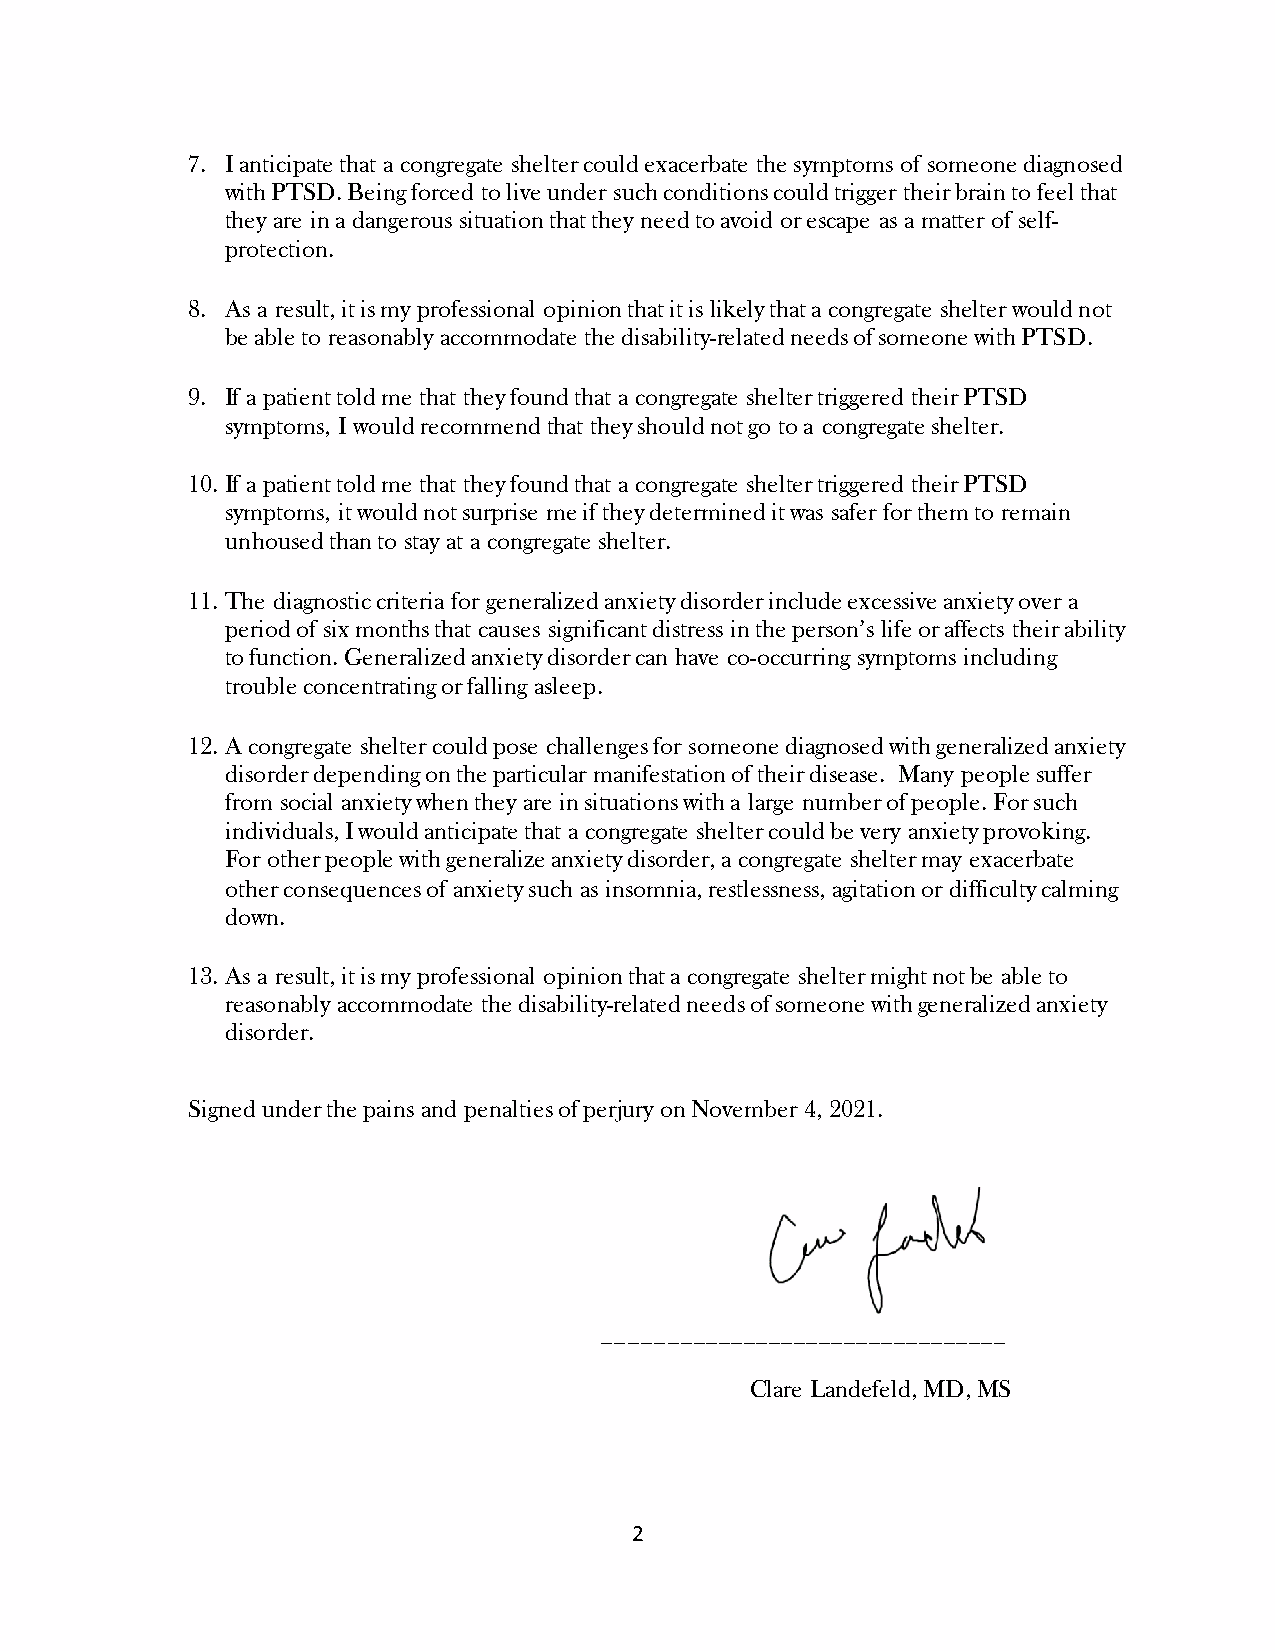
7. I anticipate that a congregate shelter could exacerbate the symptoms of someone diagnosed
 with PTSD. Being forced to live under such conditions could trigger their brain to feel that
 they are in a dangerous situation that they need to avoid or escape as a matter of self-
 protection.
 8. As a result, it is my professional opinion that it is likely that a congregate shelter would not
 be able to reasonably accommodate the disability-related needs of someone with PTSD.
 9. If a patient told me that they found that a congregate shelter triggered their PTSD
 symptoms, I would recommend that they should not go to a congregate shelter.
 10. If a patient told me that they found that a congregate shelter triggered their PTSD
 symptoms, it would not surprise me if they determined it was safer for them to remain
 unhoused than to stay at a congregate shelter.
 11. The diagnostic criteria for generalized anxiety disorder include excessive anxiety over a
 period of six months that causes significant distress in the person’s life or affects their ability
 to function. Generalized anxiety disorder can have co-occurring symptoms including
 trouble concentrating or falling asleep.
 12. A congregate shelter could pose challenges for someone diagnosed with generalized anxiety
 disorder depending on the particular manifestation of their disease. Many people suffer
 from social anxiety when they are in situations with a large number of people. For such
 individuals, I would anticipate that a congregate shelter could be very anxiety provoking.
 For other people with generalize anxiety disorder, a congregate shelter may exacerbate
 other consequences of anxiety such as insomnia, restlessness, agitation or difficulty calming
 down.
 13. As a result, it is my professional opinion that a congregate shelter might not be able to
 reasonably accommodate the disability-related needs of someone with generalized anxiety
 disorder.
 Signed under the pains and penalties of perjury on November 4, 2021.
 ________________________________
 Clare Landefeld, MD, MS
 2